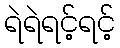
ရဲရဲရင့်ရင့်